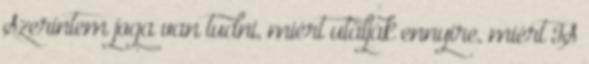
Szerintem joga van tudni, miért utálják ennyire, miért IS